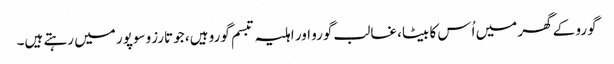
گورو کے گھر میں اُس کا بیٹا، غالب گورو اور اہلیہ تبسم گورو ہیں، جو تارزو سوپور میں رہتے ہیں۔